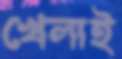
খেলাই